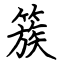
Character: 簇